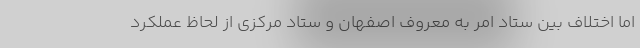
اما اختلاف بین ستاد امر به معروف اصفهان و ستاد مرکزی از لحاظ عملکرد